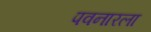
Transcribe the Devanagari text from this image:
पवनारला